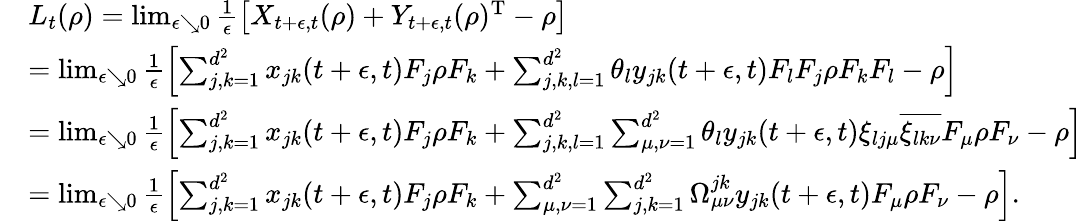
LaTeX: \begin{array}{rl}&{L_{t}(\rho)=\operatorname*{lim}_{\epsilon\searrow 0}\frac{1}{\epsilon}\left[X_{t+\epsilon,t}(\rho)+Y_{t+\epsilon,t}(\rho)^{\mathrm{T}}-\rho\right]}\\ &{=\operatorname*{lim}_{\epsilon\searrow 0}\frac{1}{\epsilon}\left[\sum_{j,k=1}^{d^{2}}x_{jk}(t+\epsilon,t)F_{j}\rho F_{k}+\sum_{j,k,l=1}^{d^{2}}\theta_{l}y_{jk}(t+\epsilon,t)F_{l}F_{j}\rho F_{k}F_{l}-\rho\right]}\\ &{=\operatorname*{lim}_{\epsilon\searrow 0}\frac{1}{\epsilon}\left[\sum_{j,k=1}^{d^{2}}x_{jk}(t+\epsilon,t)F_{j}\rho F_{k}+\sum_{j,k,l=1}^{d^{2}}\sum_{\mu,\nu=1}^{d^{2}}\theta_{l}y_{jk}(t+\epsilon,t)\xi_{lj\mu}\overline{{\xi_{lk\nu}}}F_{\mu}\rho F_{\nu}-\rho\right]}\\ &{=\operatorname*{lim}_{\epsilon\searrow 0}\frac{1}{\epsilon}\left[\sum_{j,k=1}^{d^{2}}x_{jk}(t+\epsilon,t)F_{j}\rho F_{k}+\sum_{\mu,\nu=1}^{d^{2}}\sum_{j,k=1}^{d^{2}}\Omega_{\mu\nu}^{jk}y_{jk}(t+\epsilon,t)F_{\mu}\rho F_{\nu}-\rho\right].}\end{array}